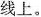
线上。